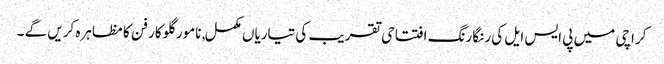
کراچی میں پی ایس ایل کی رنگا رنگ افتتاحی تقریب کی تیاریاں مکمل, نامور گلوکار فن کا مظاہرہ کریں گے ۔